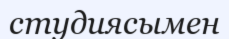
студиясымен